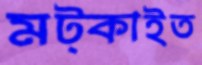
মট্‌কাইত